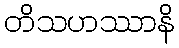
တိသဟဿာနိ